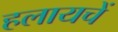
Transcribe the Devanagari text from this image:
हलायचें